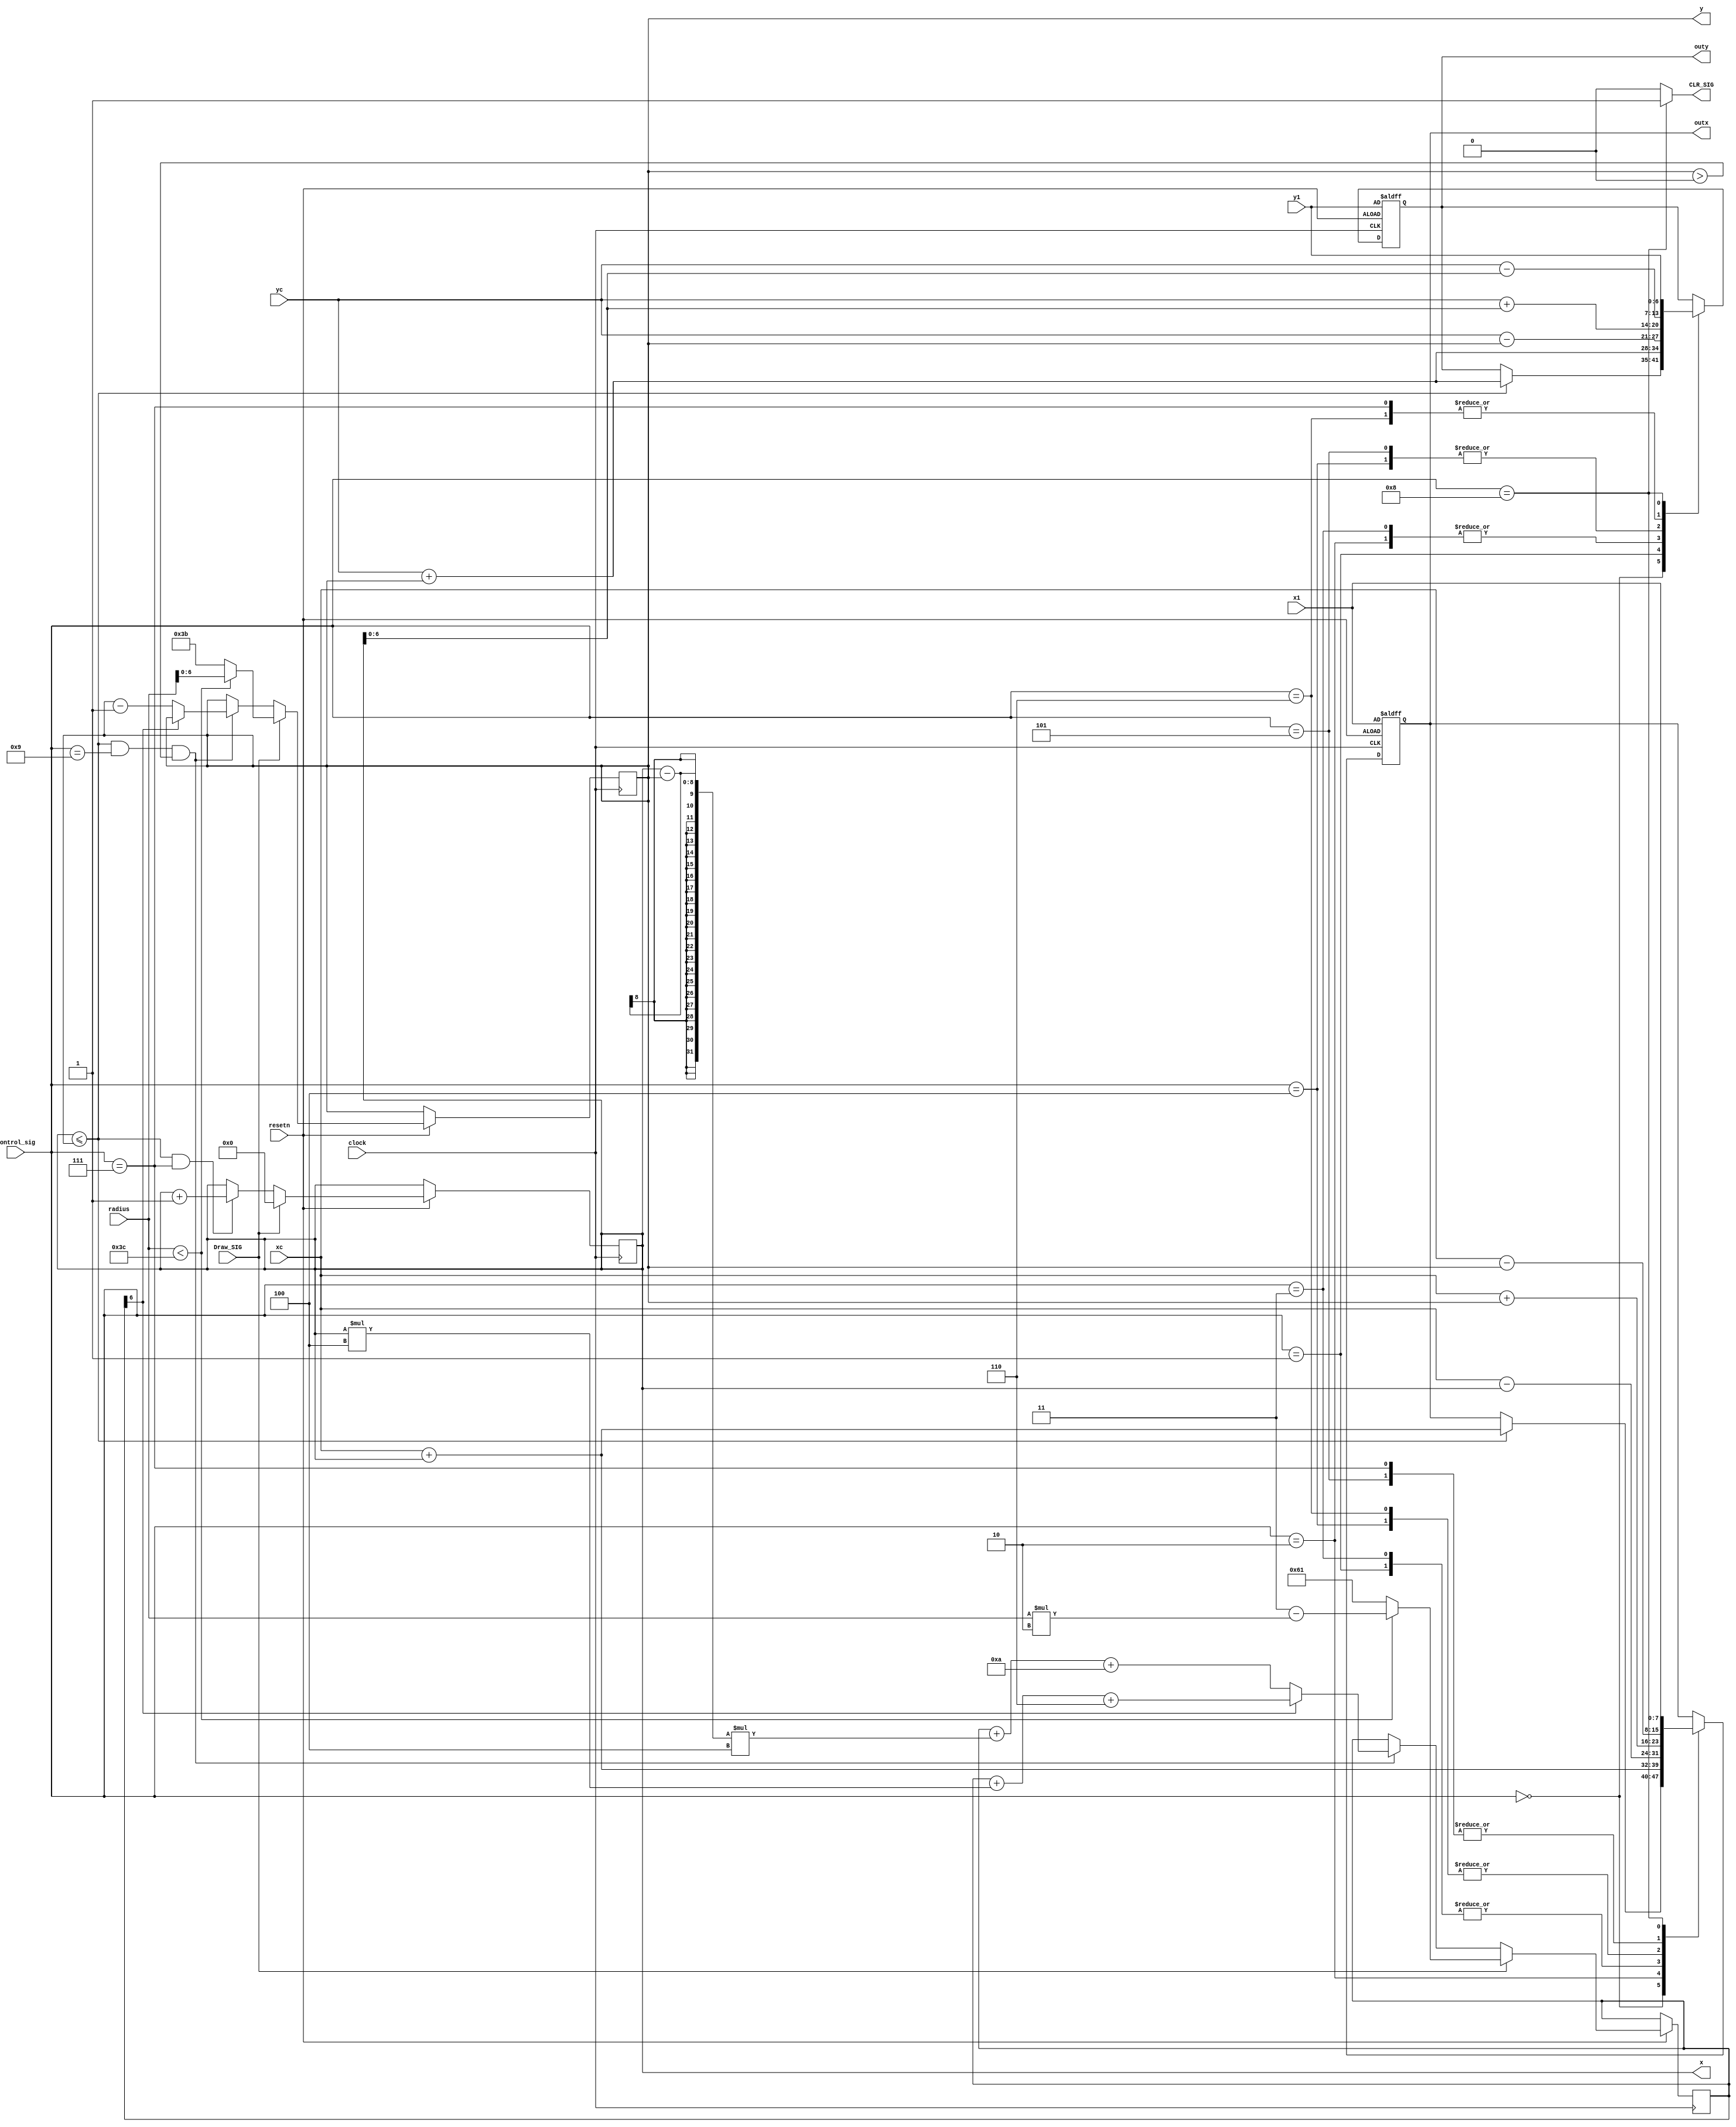
module DataPath (
    input clock,
    input resetn,
    input Draw_SIG,
    input [7:0] x1,
    input [6:0] y1,
    input [7:0] xc,
    input [6:0] yc,
    input[7:0] radius,
    input [3:0] Control_sig,
    output reg[7:0] outx,
    output reg[6:0] outy,
    output CLR_SIG,
    output reg[7:0] x,
    output reg[6:0] y
);

reg [6:0] d;

assign CLR_SIG=(Control_sig==8)?1:0;

always@(posedge clock, negedge resetn)
begin
if(~resetn)    
begin
y<=y;
d<=d;
end
else if(Draw_SIG)
begin
y<=(radius<60)?radius:59;
d<=(radius<60)?3-(radius*2):-159;
end
else if(x<=y & Control_sig==9 &y>0)
begin    
if(d[6]==1)
d<=d+(x*4)+6;
else
begin
    d<=d+((x-y)*4)+10;
    y<=y-1;
end
end
else 
begin 
y<=y;
d<=d;
end
end



always@(posedge clock, negedge resetn)
if(~resetn)
begin
    outx<=x1;
    outy<=y1;
end
else
begin 
    case(Control_sig)
    0:
    begin if(x<=y) begin outx<=xc+x; outy<=yc+y; end else begin outx<=outx; outy<=outy; end end
    1:
    begin outx<=xc-x; outy<=yc+y; end
    2:
    begin outx<=xc+x; outy<=yc-y; end
    3:
    begin outx<=xc-x; outy<=yc-y; end
    4:
    begin outx<=xc+y; outy<=yc+x; end
    5:
    begin outx<=xc-y; outy<=yc+x; end
    6:
    begin outx<=xc+y; outy<=yc-x; end
    7:
    begin outx<=xc-y; outy<=yc-x; end
    8: 
    begin outx<=x1; outy<=y1;  end
    9:
    begin outx<=outx; outy<=outy; end
    default: 
    begin  outx<=outx; outy<=outy; end
    endcase
end

always@(posedge clock, negedge resetn)
begin
    if(~resetn)
    x<=x;
     else if(Draw_SIG)
     x<=0;
    else if(x<=y & Control_sig==7)
    x<=x+1;
    else 
    x<=x;
end

endmodule

module rand_valgen (
    input clock,
    input resetn,
    input Draw_SIG,
    output reg[7:0] rand_xc,
    output reg[6:0] rand_yc,
    output reg[2:0] rand_colour,
    output reg sig,
    output reg[7:0] rand_radius
);

reg[25:0] counter;
reg[7:0] xr;
reg[7:0] xl;
reg[7:0] temp_x;
reg[6:0] yu;
reg[6:0] yd;
reg[7:0] temp_y;
reg[7:0] temp_radius;
reg temp_sig;

always@(*)
begin
    xl=rand_xc;
    xr=159-rand_xc;
    yu=rand_yc;
    yd=119-rand_yc;
    temp_x=(xr>xl)?xl:xr;
    temp_y=(yu>yd)?yd:yu;
    temp_radius=(temp_x>temp_y)?temp_y:temp_x;
    end

always@(posedge clock, negedge resetn)
begin
if(~resetn)
rand_radius<=0;
else
if(rand_xc>159|rand_yc>119) 
rand_radius<=0;
else
rand_radius<=temp_radius; 
end

always@(posedge clock, negedge resetn)
begin
    if(~resetn)
    begin
    counter<=0;
    temp_sig<=0;
    sig=0;
    end
    else
    begin
    sig<=(counter == 25000000)?1:0;
    temp_sig<=(counter == (25000000+22000))?1:0;
    counter<=(counter == (25000000+22000))?0:counter+1;
    end
end


always@(posedge clock, negedge resetn)
if(~resetn)
begin
rand_xc<=120;
rand_yc<=90;
rand_colour<=6;
end
else 
begin
rand_colour<=sig?{rand_colour[0],rand_colour[2:1]}:rand_colour;
rand_xc<=temp_sig?{rand_xc[6:0],rand_xc[7]}:rand_xc;
rand_yc<=temp_sig?{rand_yc[5:0],rand_yc[6]}:rand_yc;
end
    
endmodule


module logic2 (
    input resetn,
    input clock,
    output reg[7:0] outx,
    output reg [6:0] outy,
    output  Clr_State
);
wire Draw_SIG;

assign Clr_State=(outy==119);
assign Draw_SIG=(outx==159);
always@(posedge clock, negedge resetn)

begin
if(~resetn)
    outy<=0;
    else if (Clr_State)
    outy<=0;
    else if(Draw_SIG)
    outy<=outy+1;
    else 
     outy<=outy;
end

always@(posedge clock, negedge resetn)
begin
if(~resetn)
begin
    outx<=0;
end
else if(Draw_SIG)
outx<=0;
else
outx<=outx+1;
end

endmodule